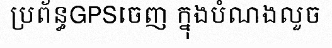
ប្រព័ន្ធGPSចេញ ក្នុងបំណងលួច